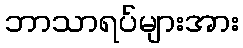
ဘာသာရပ်များအား